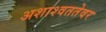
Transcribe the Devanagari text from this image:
अशाश्वततेवर